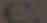
C.